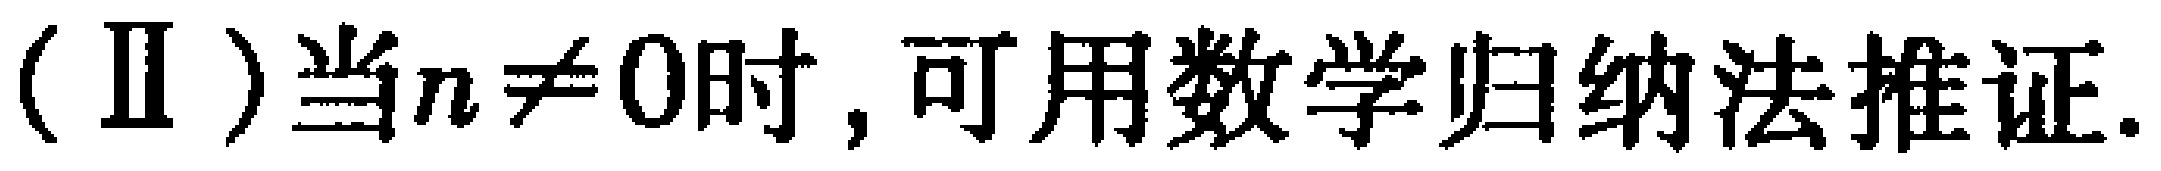
(Ⅱ)当$n\neq0$时, 可用数学归纳法推证.